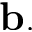
\mathbf { b . }